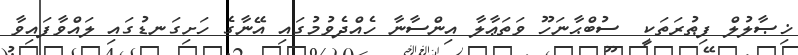
ޚިޞާލުލް ފިޠުރަތަކީ  ސުބްޙާނަހޫ ވަތަޢާލާ އިންސާނާ ހެއްދެވުމުގައި އޭނާގެ ހަށިގަނޑުގައި ލައްވާފައިވާ